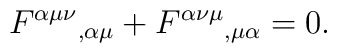
F^{\alpha \mu \nu }{}_{,\alpha \mu }+F^{\alpha \nu \mu }{}_{,\mu \alpha }=0.